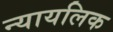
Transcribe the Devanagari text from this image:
न्यायलिक